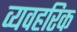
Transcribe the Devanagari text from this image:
व्यवहरिक